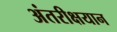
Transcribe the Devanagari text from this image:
अंतरीक्षयान